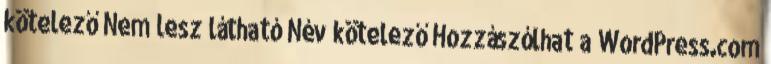
kötelező Nem lesz látható Név kötelező Hozzászólhat a WordPress.com